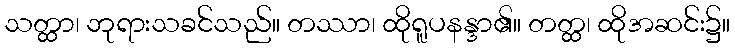
သတ္ထာ၊ ဘုရားသခင်သည်။ တဿာ၊ ထိုရူပနန္ဒာ၏။ တတ္ထ၊ ထိုအဆင်း၌။